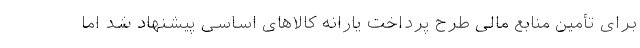
برای تأمین منابع مالی طرح پرداخت یارانه کالاهای اساسی پیشنهاد شد اما